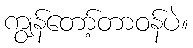
ကျွန်တော့်တာဝန်ပဲ။